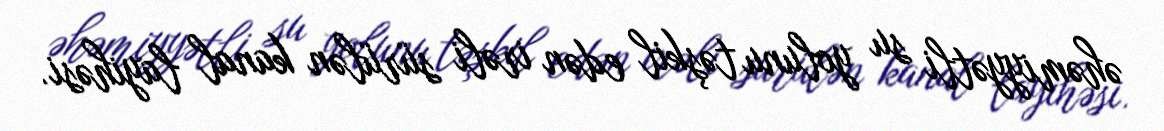
əhəmiyyətli su yolunu təşkil edən irəli sürülən kanal layihəsi.